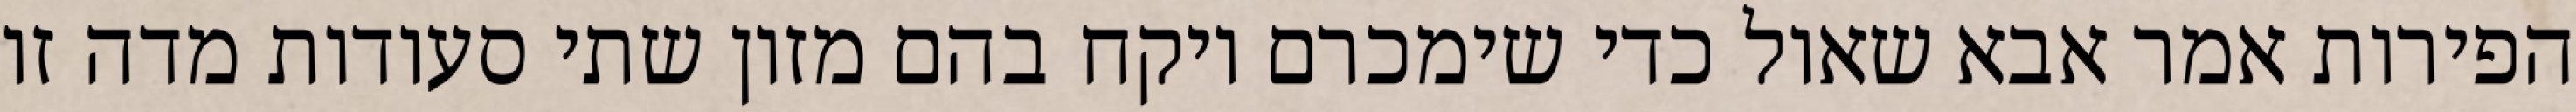
הפירות אמר אבא שאול כדי שימכרם ויקח בהם מזון שתי סעודות מדה זו